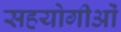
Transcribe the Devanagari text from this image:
सहयोगीओं